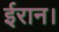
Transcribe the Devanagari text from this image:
ईरान।